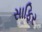
સાફિર